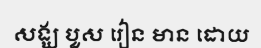
សង្ឃ បួស រៀន មាន ដោយ